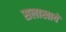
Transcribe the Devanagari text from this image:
सलाखायें